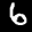
Label: 6